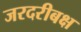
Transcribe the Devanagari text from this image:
जरदरीबक्ष